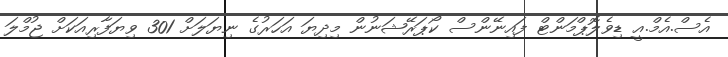
އެސް.އެމް.އީ ޑިވެލޮޕްމަންޓް ފައިނޭންސް ކޯޕަރޭޝަނުން މިދިޔަ އަހަރުގެ ނިޔަލަށް 301 ވިޔަފާރިއަކަށް ޖުމްލަ